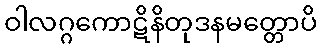
ဝါလဂ္ဂကောဋိနိတုဒနမတ္တောပိ